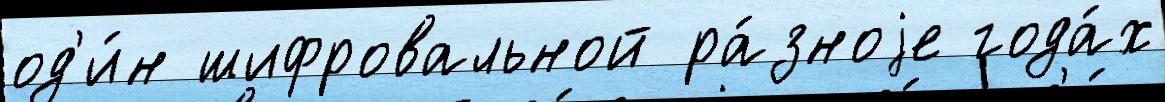
од'и́н шифровальной ра́зноjе года́х